Leaving Certificate, 1898
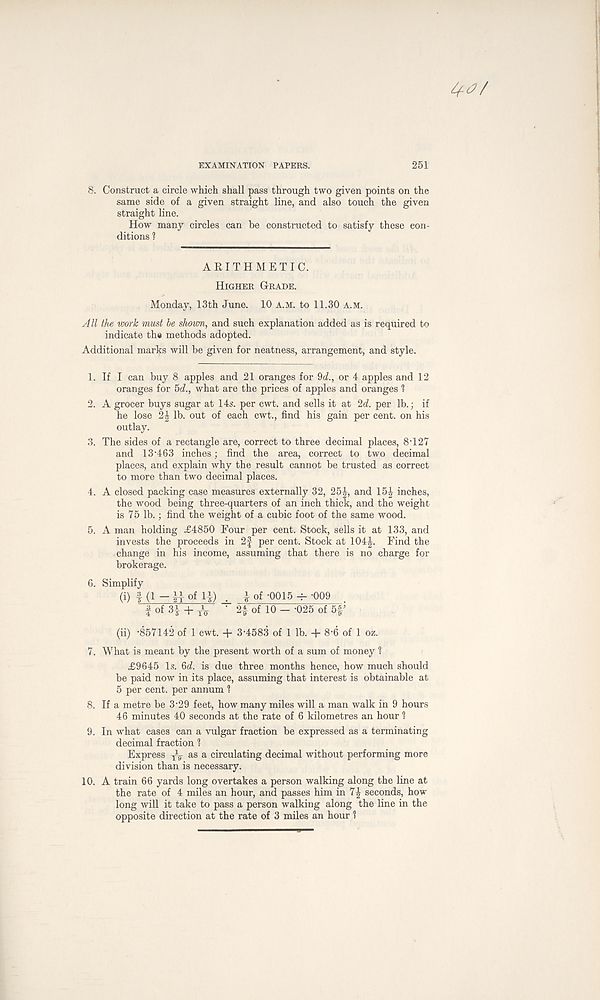
EXAMINATION PAPERS.
251
8. Construct a circle which shall pass through two given points on the
same side of a given straight line, and also touch the given
straight line.
How many circles can be constructed to satisfy these con-
ditions ?
ARITHMETIC.
Higher Grade.
Monday, 13th June. 10 a.m. to 11.30 A.M.
All the work must he shown, and such explanation added as is required to
indicate the methods adopted.
Additional marks will be given for neatness, arrangement, and style.
1. If I can buy 8 apples and 21 oranges for 9d., or 4 apples and 12
oranges for 5<f., what are the prices of apples and oranges 1
2. A grocer buys sugar at 14s. per cwt. and sells it at 2d. per lb.; if
he lose 2\ lb. out of each cwt., find his gain per cent, on his
outlay.
3. The sides of a rectangle are, correct to three decimal places, 8T27
and 13‘463 inches; find the area, correct to two decimal
places, and explain why the result cannot be trusted as correct
to more than two decimal places.
4. A closed packing case measures externally 32, 25|, and 15£ inches,
the wood being three-quarters of an inch thick, and the weight
is 75 lb.; find the weight of a cubic foot of the same wood.
5. A man holding ,£4850 Four per cent. Stock, sells it at 133, and
invests the proceeds in 2f per cent. Stock at 104J. Find the
change in his income, assuming that there is no charge for
brokerage.
6. Simplify
(i) | (1 — of li) \ of -0015 -r- -009
| of 34 + T V ' 2£ of 10 - -025 of 5f ;
(ii) -857142 of 1 cwt. + 3-4583 of 1 lb. + 8-6 of 1 oz.
7. What is meant by the present worth of a sum of money 1
£9645 Is. 6d. is due three months hence, how much should
be paid now in its place, assuming that interest is obtainable at
5 per cent, per annum 1
8. If a metre be 3-29 feet, how many miles will a man walk in 9 hours
46 minutes 40 seconds at the rate of 6 kilometres an hour 1
9. In what cases can a vulgar fraction be expressed as a terminating
decimal fraction 1
Express as a circulating decimal without performing more
division than is necessary.
10. A train 66 yards long overtakes a person walking along the line at
the rate of 4 miles an hour, and passes him in 7| seconds, how
long will it take to pass a person walking along the line in the
opposite direction at the rate of 3 miles an hour 1